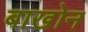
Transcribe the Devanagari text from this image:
बाखोन